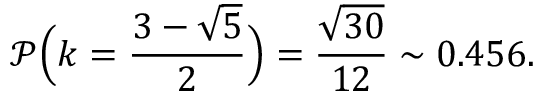
\mathscr { P } \Big ( k = \frac { 3 - \sqrt { 5 } } { 2 } \Big ) = \frac { \sqrt { 3 0 } } { 1 2 } \sim 0 . 4 5 6 .